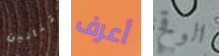
تنانين أعرف الوقح